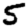
Digit: 5